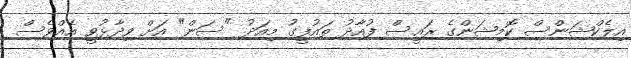
އިލެކްޝަންސް ކޮމިޝަންގެ ރައީސް ފުއާދު ތައުފީގު މިއަދު "ސަން" އަށް ވިދާޅުވީ އެއްވެސް